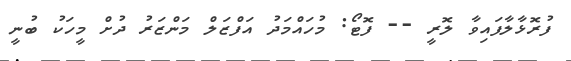
ފުރޮޅާލާފައިވާ ލޮރީ -- ފޮޓޯ: މުހައްމަދު އަފްޒަލް މަންޒަރު ދުށް މީހަކު ބުނީ